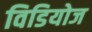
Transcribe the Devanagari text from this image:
विडियोज